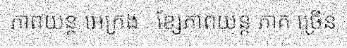
ភាពយន្ត អេក្រង់ . ខ្សែភាពយន្ត ភាគ ច្រើន